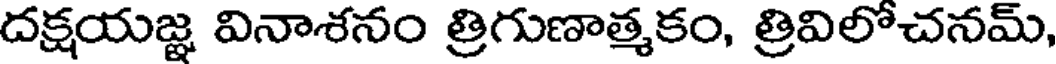
దక్షయజ్ఞ వినాశనం త్రిగుణాత్మకం, త్రివిలోచనమ్,